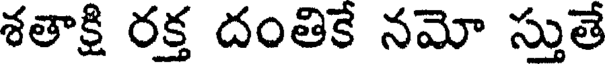
శతాక్షి రక్త దంతికే నమో స్తుతే